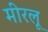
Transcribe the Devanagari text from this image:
मीरलू